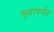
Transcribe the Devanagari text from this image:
मुळापर्यंत